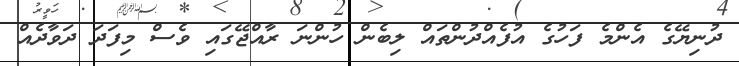
ދުނިޔޭގެ އެންމެ ފަހުގެ އުފެއްދުންތައް ލިބެން ހުންނަ ރާއްޖޭގައި ވެސް މިފަދަ ދަވާދެއް